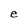
Character: e